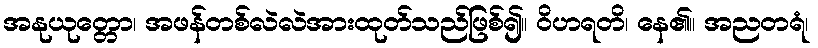
အနုယုတ္တော၊ အဖန်တစ်လဲလဲအားထုတ်သည်ဖြစ်၍။ ဝိဟရတိ၊ နေ၏။ အညတရံ၊